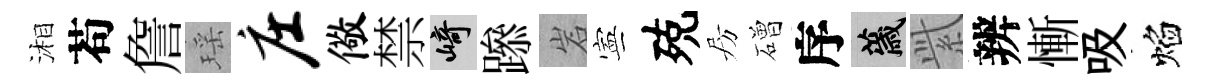
湘苟詹瑶庄儆禁崎𨅶岩寕殑房磳序薉𬗋辨慚吸焰